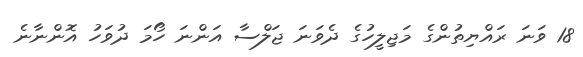
18 ވަނަ ރައްޔިތުންގެ މަޖިލީހުގެ ދެވަނަ ޖަލްސާ އަންނަ ހޯމަ ދުވަހު އޮންނާނެ